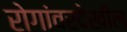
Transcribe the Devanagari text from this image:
रोगांवरदेखील